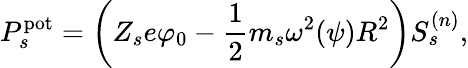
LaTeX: P_{s}^{\mathrm{pot}}=\left(Z_{s}e\varphi_{0}-\frac{1}{2}m_{s}\omega^{2}(\psi)R^{2}\right)S_{s}^{({n})},